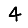
Digit: 4